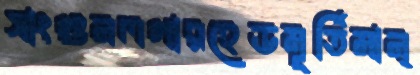
সাংগুনলগারহেডমূর্তিমান্‌